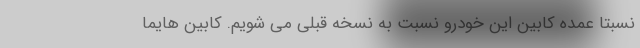
نسبتاً عمده کابین این خودرو نسبت به نسخه‌ قبلی می شویم. کابین هایما